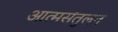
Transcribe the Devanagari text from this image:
आत्मसंतुलन